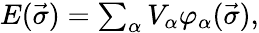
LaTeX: \begin{array}{r}{E(\vec{\sigma})=\sum_{\alpha}V_{\alpha}\varphi_{\alpha}(\vec{\sigma}),}\end{array}